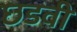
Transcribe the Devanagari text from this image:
छडवी